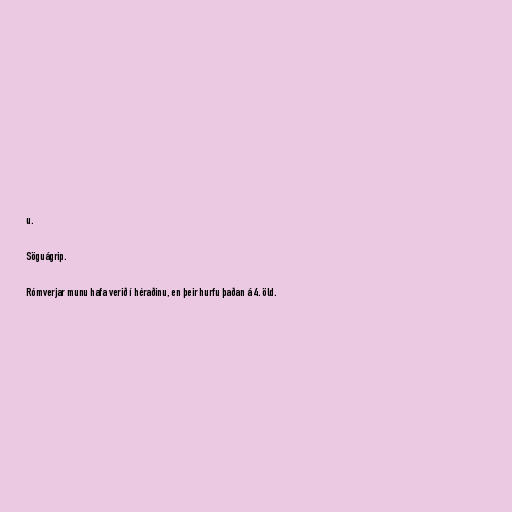
u.

Söguágrip.

Rómverjar munu hafa verið í héraðinu, en þeir hurfu þaðan á 4. öld.